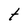
Character: t